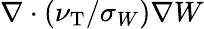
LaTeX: \nabla\cdot(\nu_{\mathrm{{T}}}/\sigma_{W})\nabla W